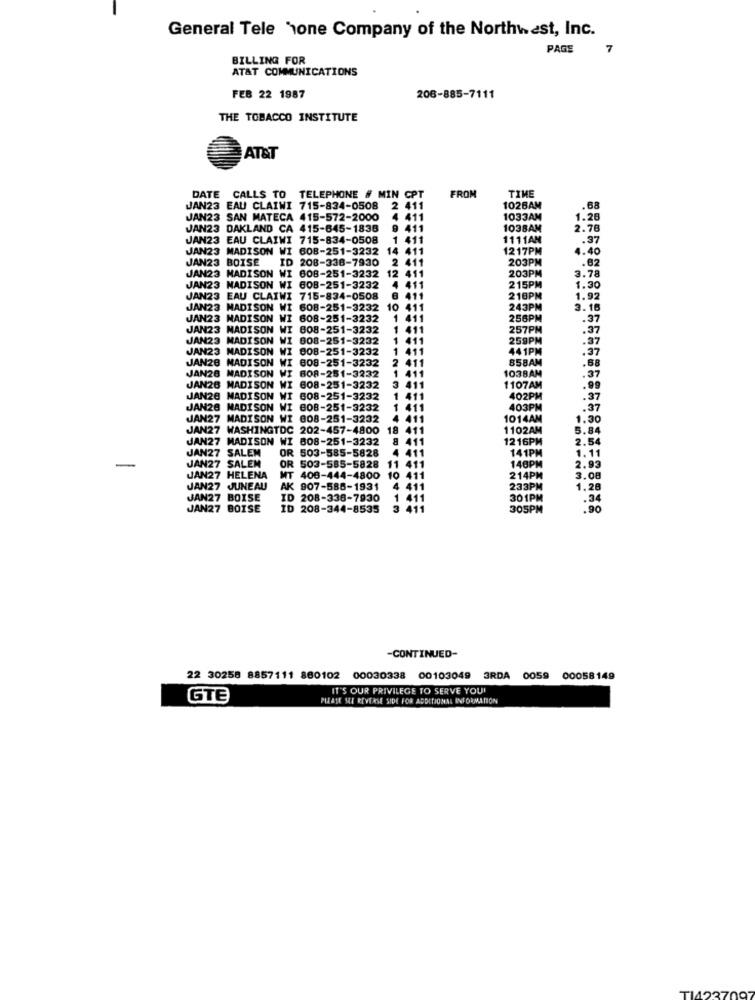
General Tele hone Company of the Northwest, Inc.
PAGE
7
BILLING FOR
AT&T COMMUNICATIONS
FEB 22 1987
206-885-7111
THE TOBACCO INSTITUTE
AT&T
TIME
DATE CALLS TO TELEPHONE # MIN CPT
FROM
JAN23 EAU CLAIWI 715-834-0508
2 411
1028AM
.68
JAN23 SAN MATECA 415-572-2000
1 411
1033AM
1.28
JAN23 DAKLAND CA 415-645-1838
9 411
1038AM
2.78
JAN23 EAU CLAIWI 715-834-0508
1 411
1111AN
.37
JAN23 MADISON WI 608-251-3232
14
411
1217PM
4.40
JAN23 BOISE
ID 208-338-7930
2 411
203PM
.82
203PM
JAN23 MADISON WI 608-251-3232 12 411
3.78
JAN23 MADISON WI 608-251-3232
11
215PM
1.30
JAN23 EAU CLAIWI 715-834-0508
411
218PM
1.92
JAN23 MADISON WI 608-251-3232 10 411
243PM
3.16
JAN23 MADISON WI 608-251-3232
1 41
256PM
.37
JAN23 MADISON WI 008-251-3232
1
257PM
.37
JAN23 MADISON WI 808-251-3232
259PM
JAN23 MADISON WI 008-251-3232
441PM
.37
858AM
JAN28 MADISON WI 608-251-3232
2
1038AM
.68
JAN28 MADISON WI 608-251-3232
.37
JAN26 MADISON W
608-251-3232
3
1107AM
.99
JAN28 MADISON WI 608-251-3232
1
402PM
.37
JAN28 MADISON WI 608-251-3232
403PM
.37
JAN27 MADISON WI 808-251-3232
4 411
1014AM
1.30
JAN27 WASHINGTDC 202-457-4800
411
1102AM
5.84
JAN27 MADISON WI 808-251-3232
411
1216PM
2.54
JAN27 SALEN
OR 503-585-5828
141PM
1.11
JAN27 SALEN
411
-
OR 503-585-5828 11 411
146PM
2.93
JAN27 HELENA
MT 408-444-4800
10
11
214PM
3.08
JAN27 JUNEAU
AK 907-586-1931
4 411
233PM
1.28
JAN27 BOISE
ID 208-338-7930
411
301PM
.34
JAN27 BOISE
ID 208-344-8535
305PM
.90
-CONTINUED-
22 30258 8857111 880102 00030338
00103049 3RDA 0059 00058149
IT'S OUR PRIVILEGE TO SERVE YOU!
GTE
PLEASE SEE REVERSE SIDE FOR ADDITIONAL INFORMATION